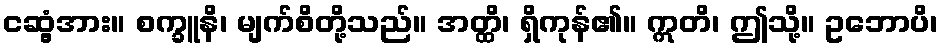
ငဆွံ့အား။ စက္ခူနိ၊ မျက်စိတို့သည်။ အတ္ထိ၊ ရှိကုန်၏။ ဣတိ၊ ဤသို့။ ဥဘောပိ၊